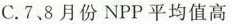
C.7、.8月份NPP平均值高